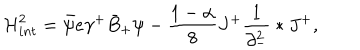
{ \cal H } _ { i n t } ^ { 2 } = \bar { \psi } e \gamma ^ { + } \bar { B } _ { + } \psi - \frac { 1 - \alpha } { 8 } J ^ { + } \frac { 1 } { \partial _ { - } ^ { 2 } } \ast J ^ { + } ,